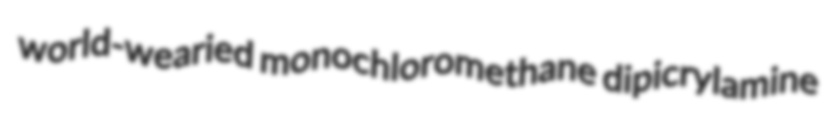
world-wearied monochloromethane dipicrylamine